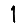
Digit: 1